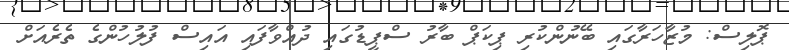
ޕޮލިސް: މުޒާހަރާގައި ބޭނުންކުރި ޕިކަޕް ބާރު ސްޕީޑުގައި ދުއްވާފައި އައިސް ފުލުހުންގެ ތެރެއަށް